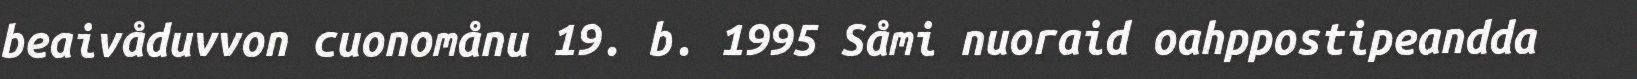
beaivåduvvon cuonomånu 19. b. 1995 Såmi nuoraid oahppostipeandda